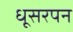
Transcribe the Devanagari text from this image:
धूसरपन